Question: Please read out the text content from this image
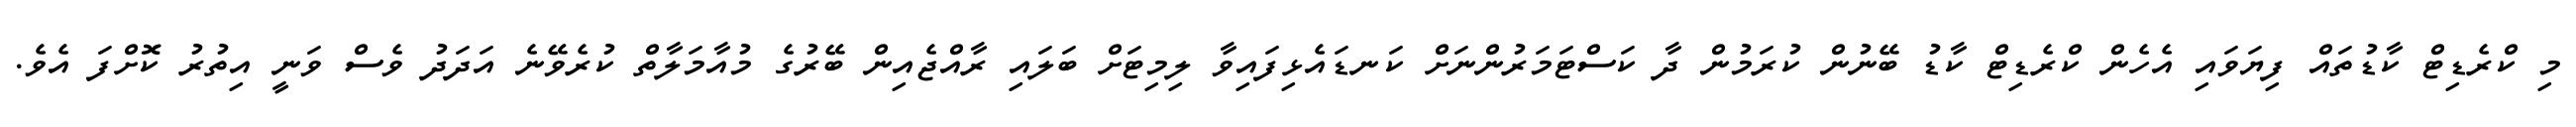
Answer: މި ކްރެޑިޓް ކާޑުތައް ފިޔަވައި އެހެން ކްރެޑިޓް ކާޑު ބޭނުން ކުރަމުން ދާ ކަސްޓަމަރުންނަށް ކަނޑައެޅިފައިވާ ލިމިޓަށް ބަލައި ރާއްޖެއިން ބޭރުގެ މުއާމަލާތް ކުރެވޭނެ އަދަދު ވެސް ވަނީ އިތުރު ކޮށްފަ އެވެ.